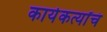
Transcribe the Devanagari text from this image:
कार्यकर्त्यांचं